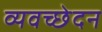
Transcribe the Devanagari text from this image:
व्यवच्छेदन